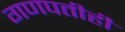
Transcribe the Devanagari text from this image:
गणपतीही